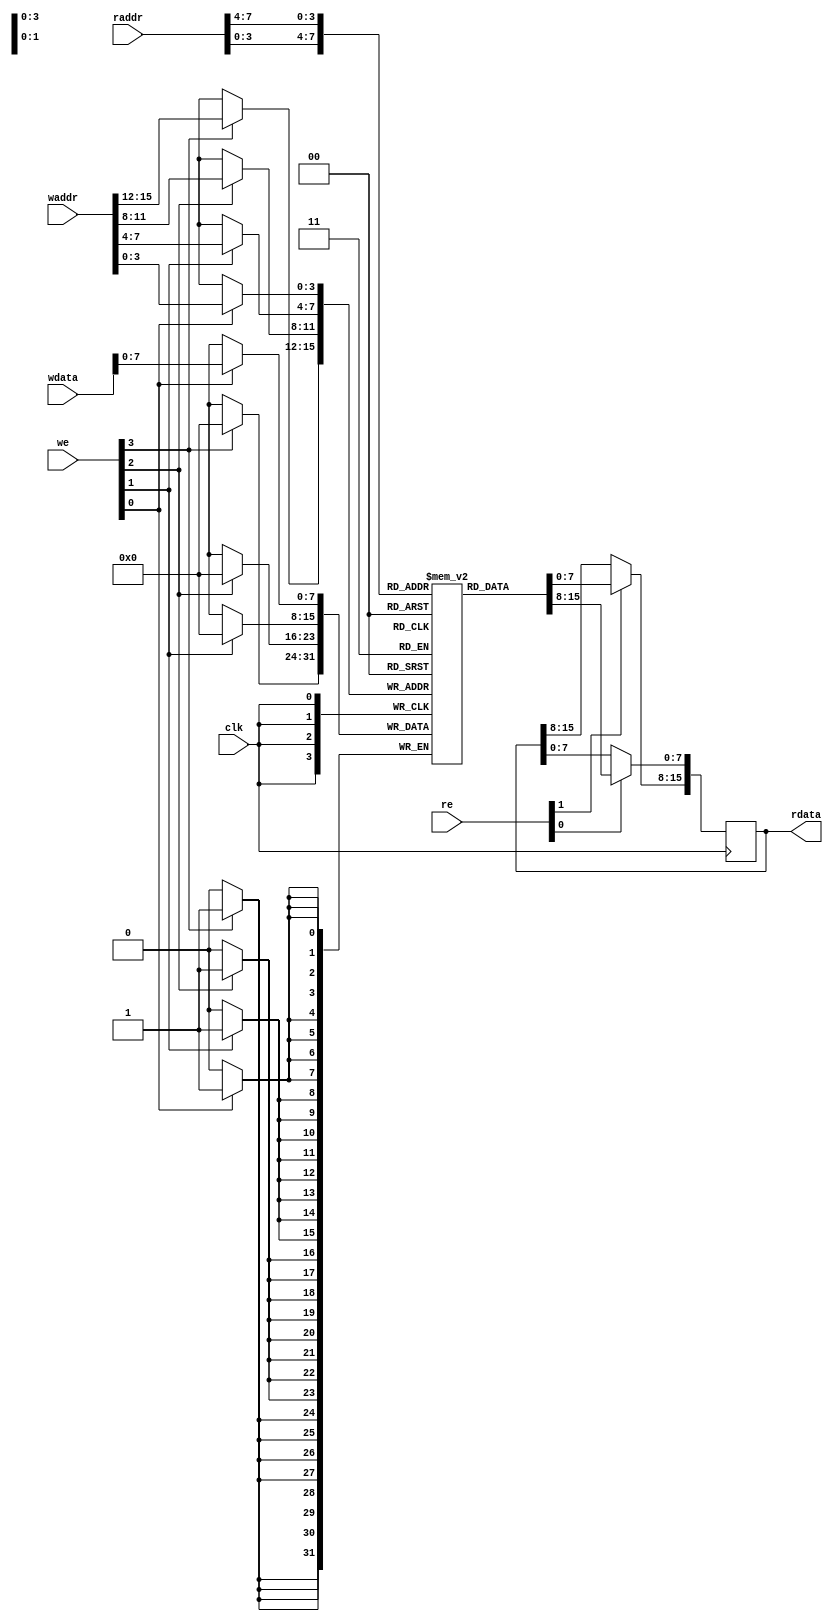
module multi_port_memory #(
    parameter DATA_WIDTH = 8,
    parameter ADDR_WIDTH = 4,
    parameter NUM_WRITE_PORTS = 4,
    parameter NUM_READ_PORTS = 2
) (
    input wire clk,
    // Write ports
    input wire [NUM_WRITE_PORTS-1:0] we, // Write enable for each write port
    input wire [(NUM_WRITE_PORTS*ADDR_WIDTH)-1:0] waddr, // Flat vector for write addresses
    input wire [(NUM_WRITE_PORTS*DATA_WIDTH)-1:0] wdata, // Flat vector for write data
    // Read ports
    input wire [NUM_READ_PORTS-1:0] re, // Read enable for each read port
    input wire [(NUM_READ_PORTS*ADDR_WIDTH)-1:0] raddr, // Flat vector for read addresses
    output reg [(NUM_READ_PORTS*DATA_WIDTH)-1:0] rdata // Flat vector for read data
);

// Memory array
reg [DATA_WIDTH-1:0] mem      [0:(1<<ADDR_WIDTH)-1];
reg [DATA_WIDTH-1:0] mem_next [0:(1<<ADDR_WIDTH)-1];

// Write logic
integer i;
always @(posedge clk) begin
    for (i = 0; i < NUM_WRITE_PORTS; i = i + 1) begin
        if (we[i]) begin
            mem[waddr[(i+1)*ADDR_WIDTH-1:i*ADDR_WIDTH]] <= wdata << (i*DATA_WIDTH);
        end
    end
end

// Read logic
integer j;
always @(posedge clk) begin
    for (j = 0; j < NUM_READ_PORTS; j = j + 1) begin
        if (re[j]) begin
            rdata[(j+1)*DATA_WIDTH-1:j*DATA_WIDTH] <= mem[raddr[(j+1)*ADDR_WIDTH-1:j*ADDR_WIDTH]];
        end
    end
end

endmodule